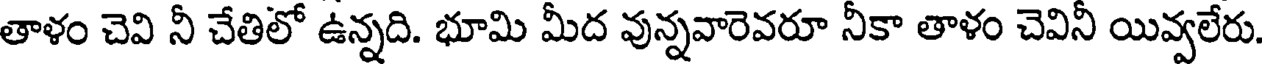
తాళం చెవి నీ చేతిలో ఉన్నది. భూమి మీద వున్నవారెవరూ నీకా తాళం చెవినీ యివ్వలేరు